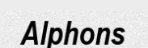
Alphons